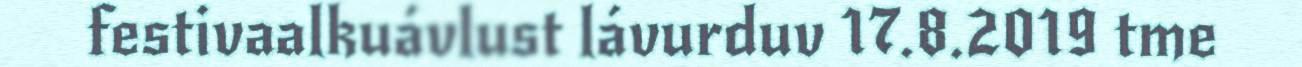
festivaalkuávlust lávurduv 17.8.2019 tme